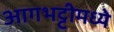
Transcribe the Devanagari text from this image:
आगभट्टीमध्ये